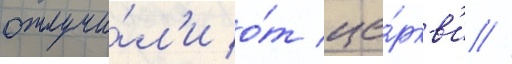
отлучи́л'и о́т це́ркв'и //